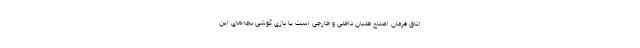
اتاق فرمان اصلاح طلبان داخلی و خارجی است یا بازی گوشی بچه‌های این